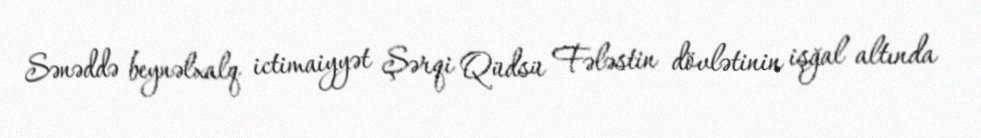
Sənəddə beynəlxalq ictimaiyyət Şərqi Qüdsü Fələstin dövlətinin işğal altında